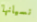
نسيانها